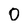
Character: 0